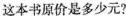
这本书原价是多少元?